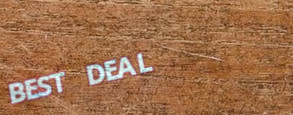
BEST DEAL